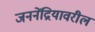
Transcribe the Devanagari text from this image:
जननेंद्रियावरील